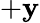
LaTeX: +\mathbf{y}